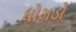
ધોમડો